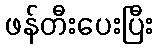
ဖန်တီးပေးပြီး